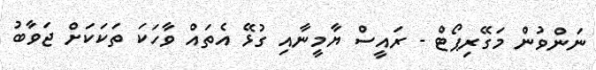
ނަންވުން މަގޭރިޕޯޓް - ރައީސް ޔާމީނާއި ގުޅޭ އެތައް ވާހަކަ ތަކަކަށް ޖަވާބު